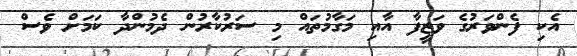
އެކި ފެންވަރުގެ ވަޒީފާ އާއި މަގާމުތައް މި ސަރުކާރުން ދެމުންދާ ކަމަށް ވެސް